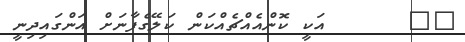
١٩      އަކީ ކޮންއެއްޗެއްކަން ކަލޭގެފާނަށް އަންގައިދިނީ